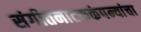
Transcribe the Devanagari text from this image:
संगीतनाटककंपन्यांचा